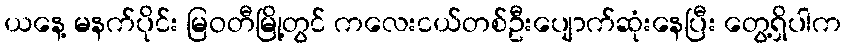
ယနေ့ မနက်ပိုင်း မြဝတီမြို့တွင် ကလေးငယ်တစ်ဦးပျောက်ဆုံးနေပြီး တွေ့ရှိပါက